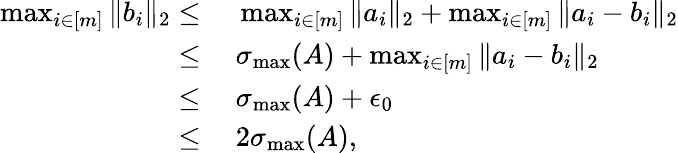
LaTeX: \begin{array}{rl}{\operatorname*{max}_{i\in[m]}\| b_{i}\| _{2}\leq}&{~\operatorname*{max}_{i\in[m]}\| a_{i}\| _{2}+\operatorname*{max}_{i\in[m]}\| a_{i}-b_{i}\| _{2}}\\ {\leq}&{~\sigma_{\operatorname*{max}}(A)+\operatorname*{max}_{i\in[m]}\| a_{i}-b_{i}\| _{2}}\\ {\leq}&{~\sigma_{\operatorname*{max}}(A)+\epsilon_{0}}\\ {\leq}&{~2\sigma_{\operatorname*{max}}(A),}\end{array}